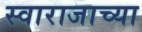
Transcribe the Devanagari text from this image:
स्वाराजाच्या